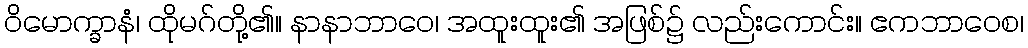
ဝိမောက္ခာနံ၊ ထိုမဂ်တို့၏။ နာနာဘာဝေ၊ အထူးထူး၏ အဖြစ်၌ လည်းကောင်း။ ဧကဘာဝေစ၊